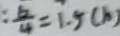
: \frac { 6 } { 4 } = 1 . 5 ( b )